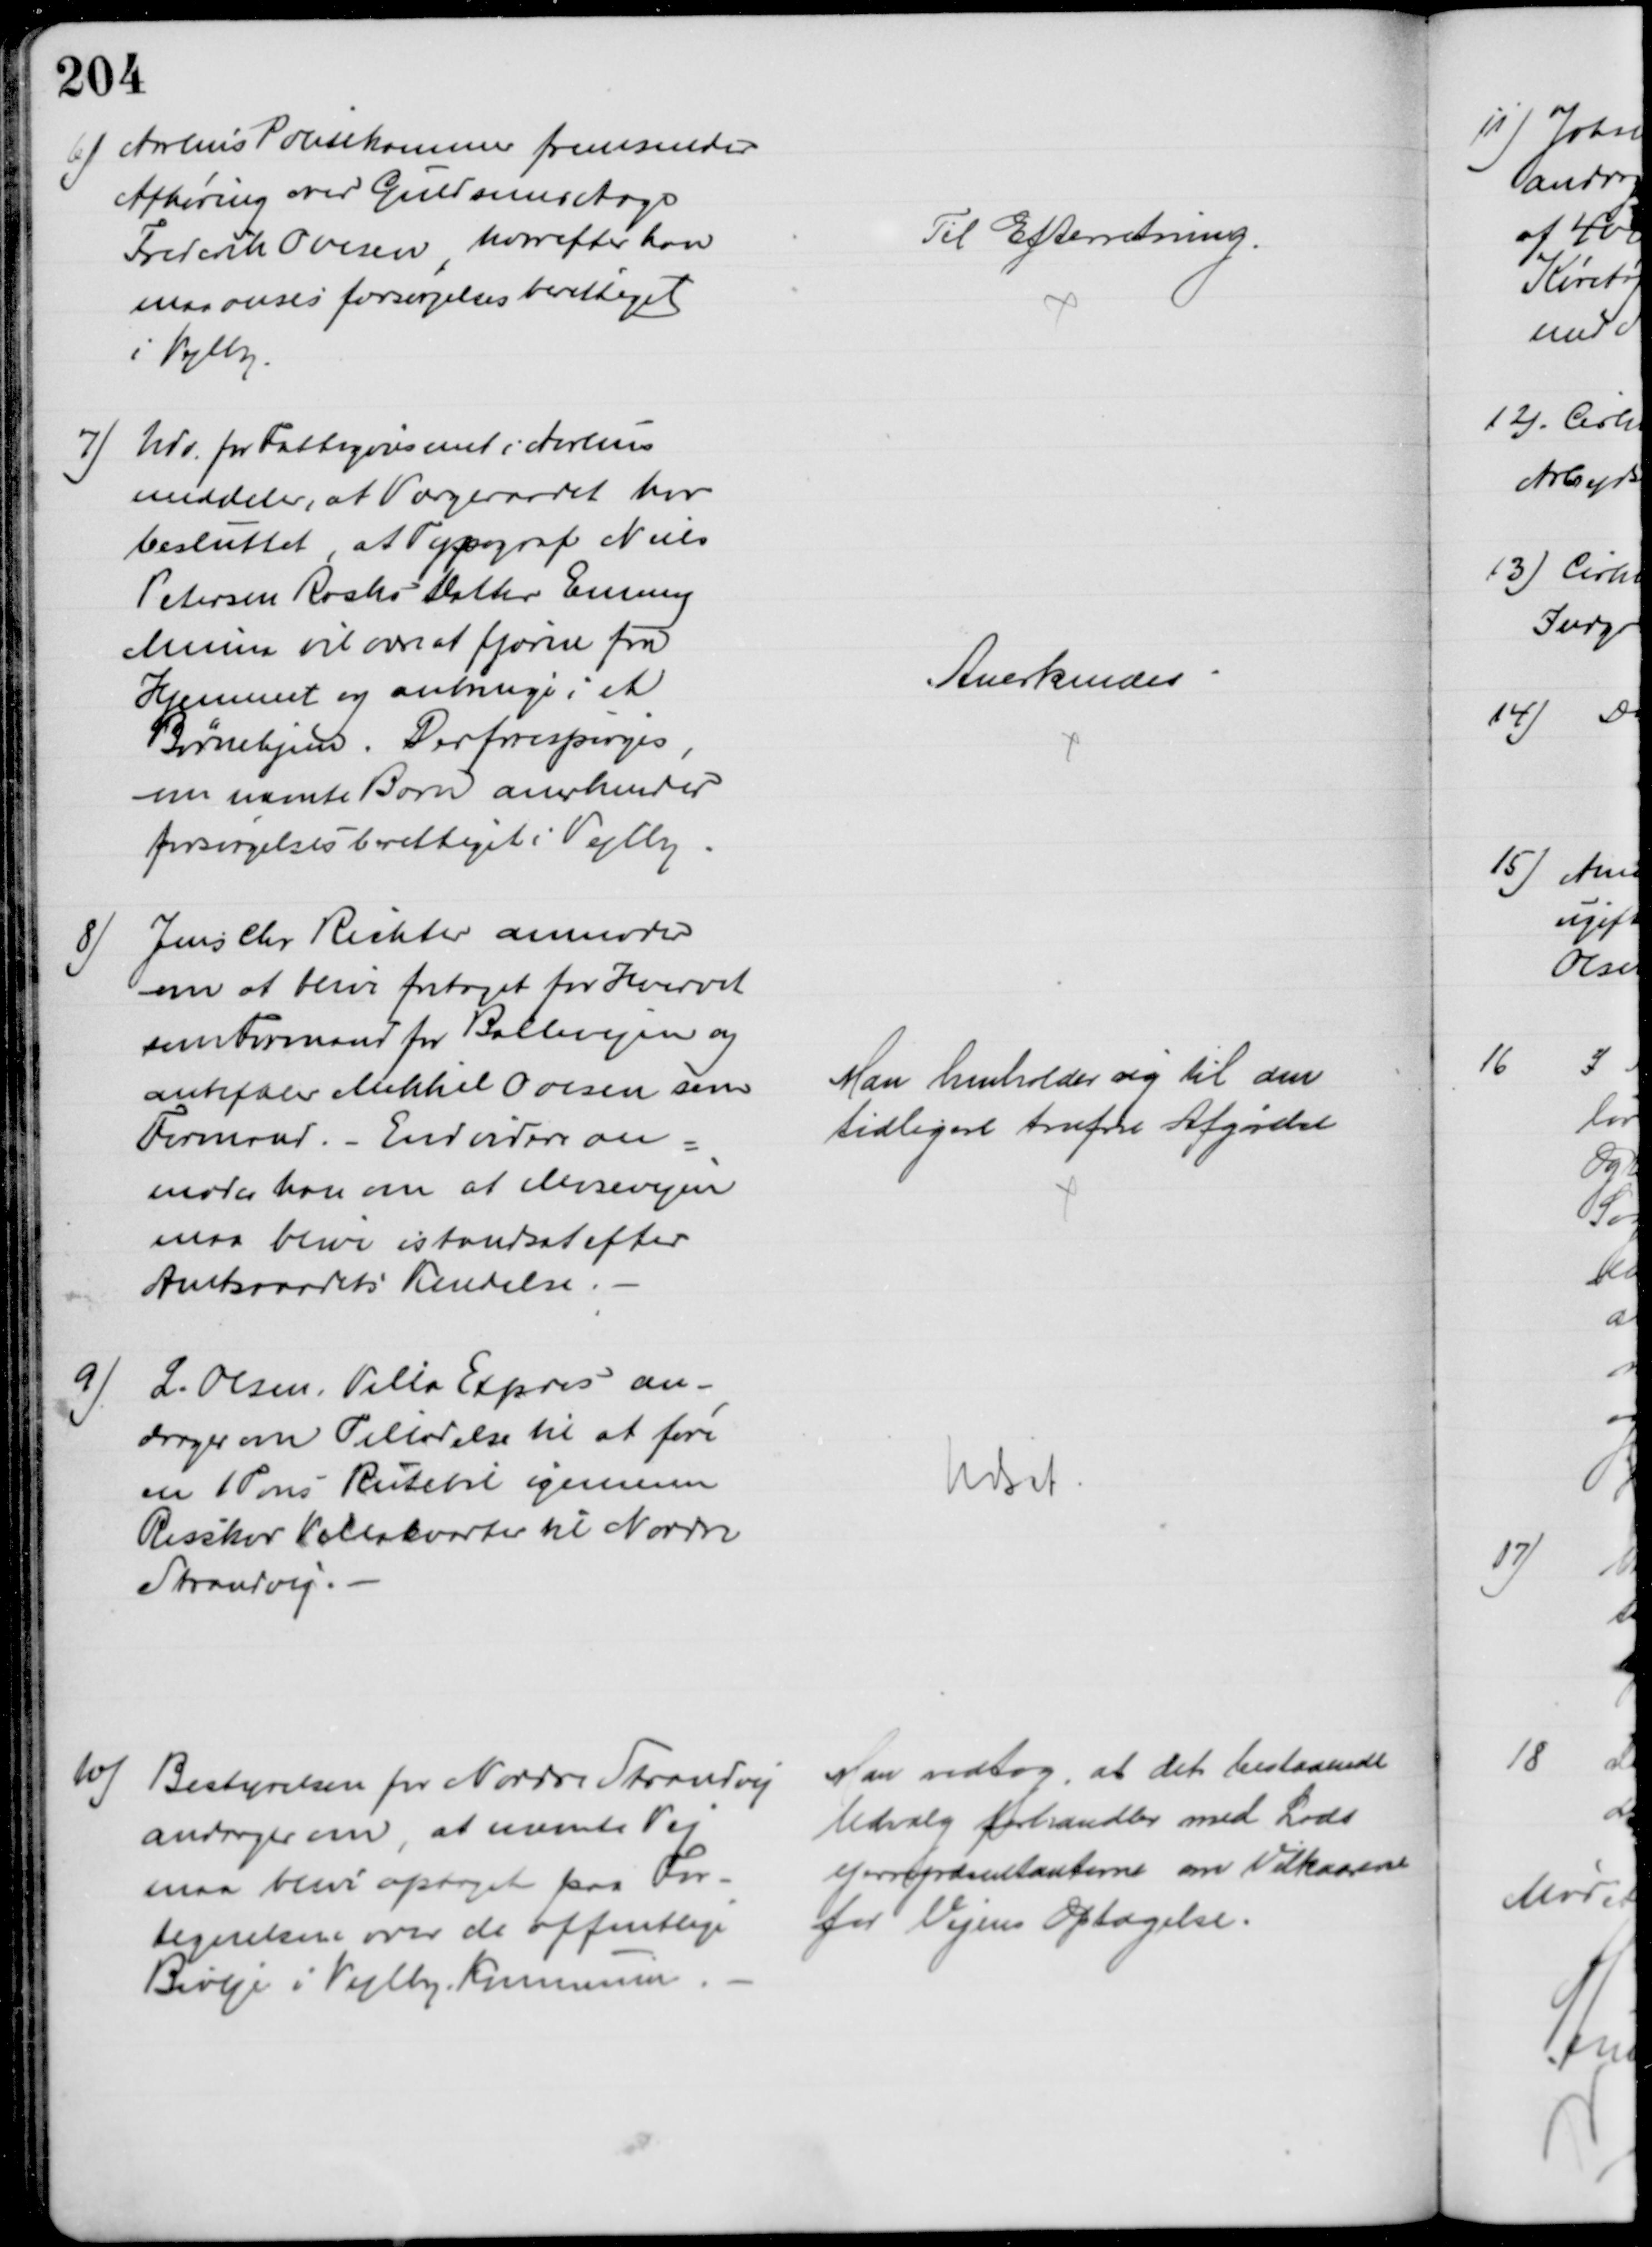
Transskription:
6) Aarhus Politikammer fremsender
Afhøring over Guldsmed Aage
Frederik Ovesen, hvorefter han
maa anses forsørgelsesberettiget 
i Vejlby
Til Efterretning.
7) Udv. for Fattigvæsenet i Aarhus
meddeler, at Værgeraadet har 
besluttet, at Typograf Niels
Petersen Rasks Datter Emmy
Minna vil være at fjerne fra
Hjemmet og anbringe i et
Børnehjem. Derforespørges,
om nævnte Barn anerkendes
forsørgelsesberettiget i Vejlby.
Anerkendes
8)
Jens Chr Richter anmoder
om at blive fritaget for Hvervet
som Formand for Ballevejen og
anbefaler Mikkel Ovesen som
Formand. - Endvidere an=
moder han om at Mosevejen
maa blive istandsat efter
Amtsraadets Kendelse.
Man henholder sig til den
tidligere trufne Afgørelse
9)
L. Olsen, Villa Expres an-
drager om Tilladelse til at føre
en 1Tons Rutebil igennem
Risskov Villakvarter til Nordre
Strandvej.
Udsat.
10)
Bestyrelsen for Nordre Strandvej
andrager om, at nævnte Vej
maa blive optaget paa For-
tegnelsen over de offentlige
Biveje i Vejlby Kommune
Man vedtog, at det bestaaende
Udvalg forhandler med Lods
ejerrepræsentanterne om Vilkaarene
for Vejens Optagelse.